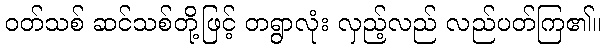
ဝတ်သစ် ဆင်သစ်တို့ဖြင့် တရွာလုံး လှည့်လည် လည်ပတ်ကြ၏။